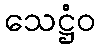
သေဋ္ဌံဝ